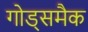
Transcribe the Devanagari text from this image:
गोड्समैक